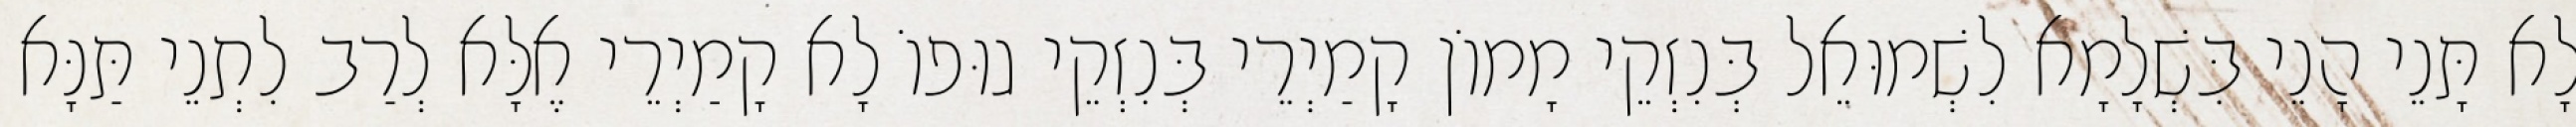
לָא תָּנֵי הָנֵי בִּשְׁלָמָא לִשְׁמוּאֵל בְּנִזְקֵי מָמוֹן קָמַיְרֵי בְּנִזְקֵי גוּפוֹ לָא קָמַיְרֵי אֶלָּא לְרַב לִתְנֵי תַּנָּא